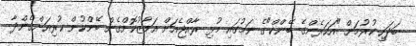
ބަދަހި ކުރުމަށް "އަހަރެންގެ ބޭންކް"ގެ ނަމުގައި މުޅި ރާއްޖެއަށް އަމާޒުކޮށްގެން ބޭންކުން ކުރިއަށްގެންދާ